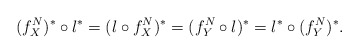
\begin{align*} (f_X^N)^*\circ\l^* = (\l\circ f_X^N)^* = (f_Y^N\circ\l)^* = \l^*\circ (f_Y^N)^*.\end{align*}